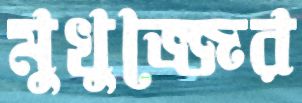
মুখুজ্জের